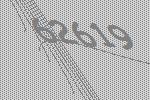
62619